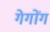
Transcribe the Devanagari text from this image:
गेगोंग